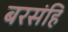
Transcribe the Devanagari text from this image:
बरसंहि